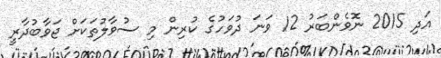
އަދި 2015 ނޮވެންބަރު 12 ވަނަ ދުވަހުގެ ކުރިން މި ސުވާލުތަކަށް ޖަވާބުދާރީ